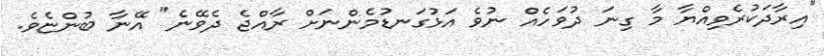
"އިރާދަކުރެވިއްޔާ މާ ގިނަ ދުވަހެއް ނުވެ އަޅުގަނޑުމެންނަށް ރާއްޖެ ދެވޭނެ" އޭނާ ބުންޏެވެ.